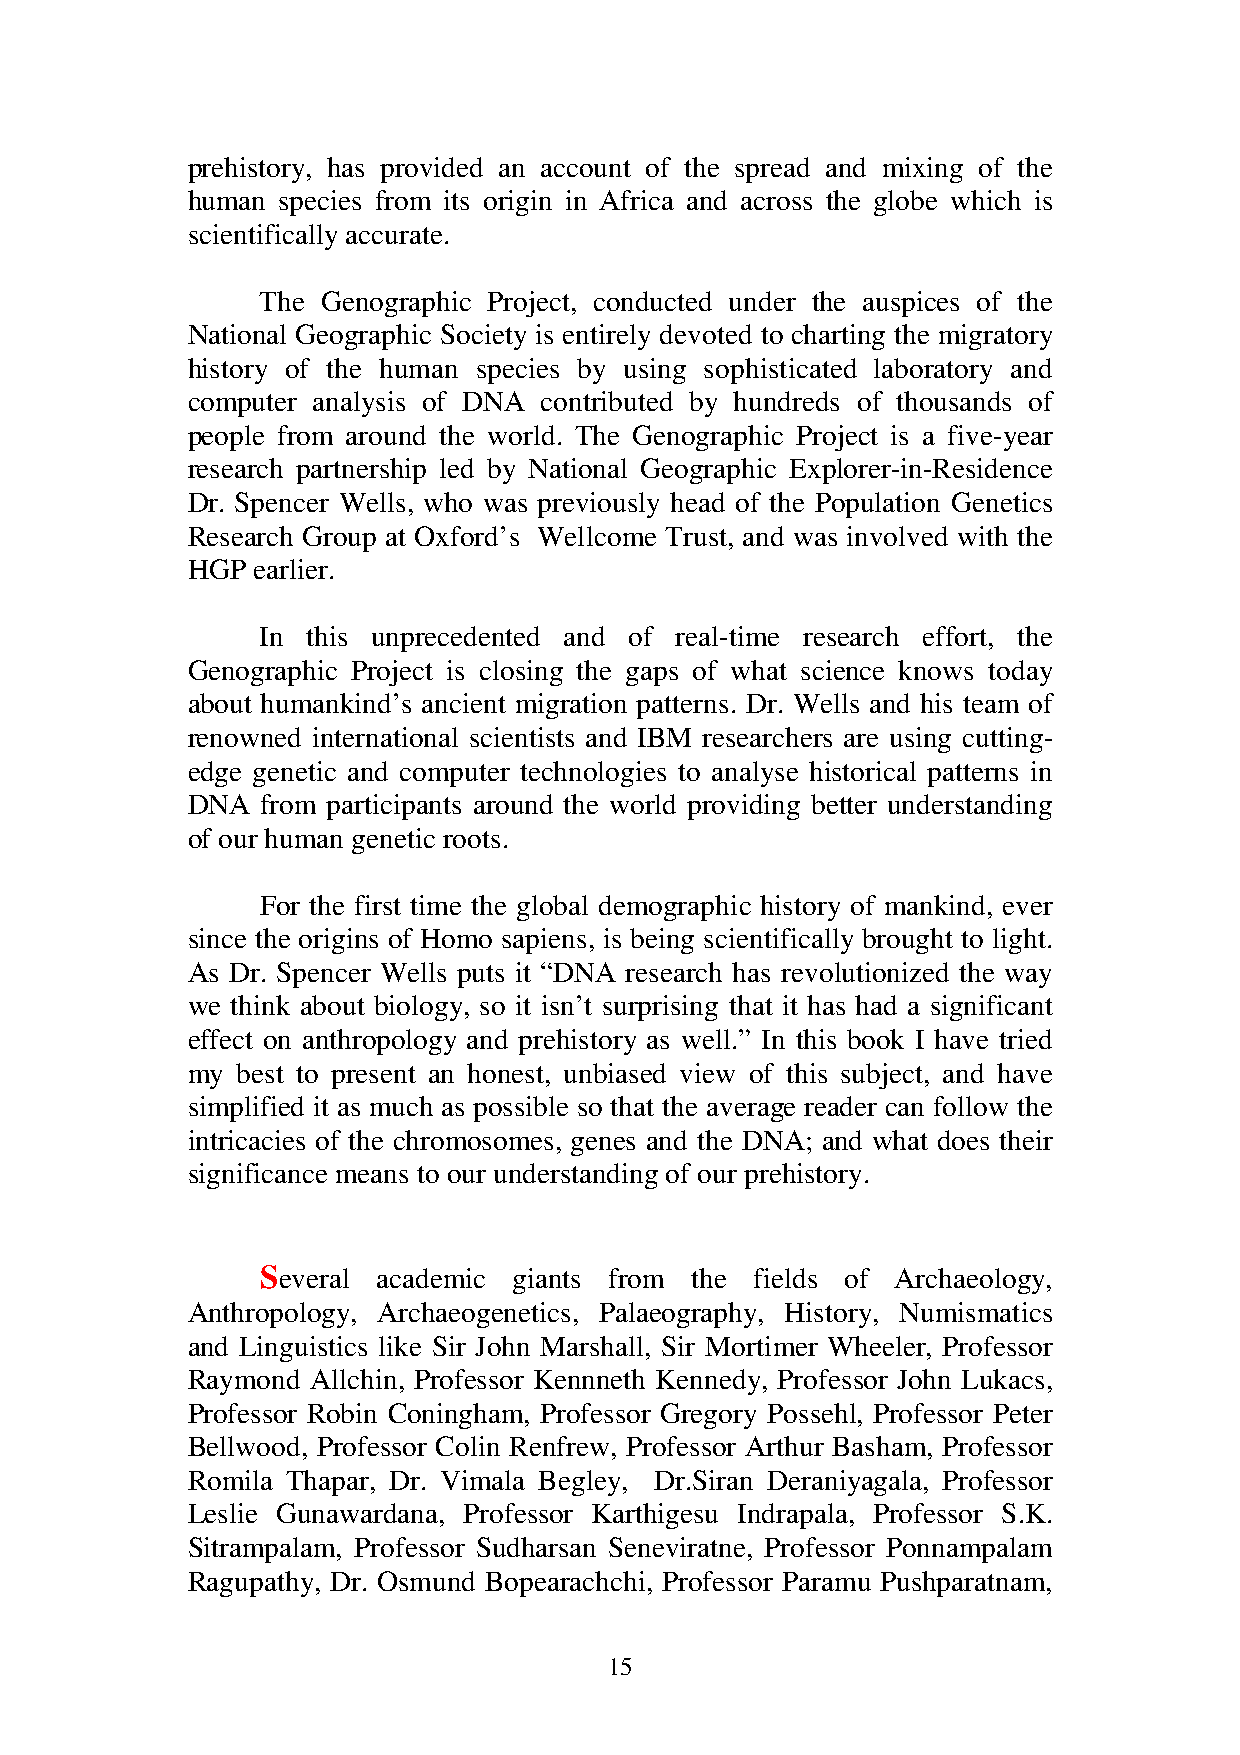
prehistory, has provided an account of the spread and mixing of the
 human species from its origin in Africa and across the globe which is
 scientifically accurate.
 The Genographic Project, conducted under the auspices of the
 National Geographic Society is entirely devoted to charting the migratory
 history of the human species by using sophisticated laboratory and
 computer analysis of DNA contributed by hundreds of thousands of
 people from around the world. The Genographic Project is a five-year
 research partnership led by National Geographic Explorer-in-Residence
 Dr. Spencer Wells, who was previously head of the Population Genetics
 Research Group at Oxford’s Wellcome Trust, and was involved with the
 HGP  earlier.
 In this unprecedented and of real-time research effort, the
 Genographic Project is closing the gaps of what science knows today
 about humankind’s ancient migration patterns. Dr. Wells and his team of
 renowned international scientists and IBM researchers are using cutting-
 edge genetic and computer technologies to analyse historical patterns in
 DNA  from participants around the world providing better understanding
 of our human genetic roots.
 For the first time the global demographic history of mankind, ever
 since the origins of Homo sapiens, is being scientifically brought to light.
 As Dr. Spencer Wells puts it “DNA research has revolutionized the way
 we think about biology, so it isn’t surprising that it has had a significant
 effect on anthropology and prehistory as well.” In this book I have tried
 my  best to present an honest, unbiased view of this subject, and have
 simplified it as much as possible so that the average reader can follow the
 intricacies of the chromosomes, genes and the DNA; and what does their
 significance means to our understanding of our prehistory.
 Several academic giants from the fields of Archaeology,
 Anthropology, Archaeogenetics, Palaeography, History, Numismatics
 and Linguistics like Sir John Marshall, Sir Mortimer Wheeler, Professor
 Raymond  Allchin, Professor Kennneth Kennedy, Professor John Lukacs,
 Professor Robin Coningham, Professor Gregory Possehl, Professor Peter
 Bellwood, Professor Colin Renfrew, Professor Arthur Basham, Professor
 Romila Thapar, Dr. Vimala Begley, Dr.Siran Deraniyagala, Professor
 Leslie Gunawardana, Professor Karthigesu Indrapala, Professor S.K.
 Sitrampalam, Professor Sudharsan Seneviratne, Professor Ponnampalam
 Ragupathy, Dr. Osmund Bopearachchi, Professor Paramu Pushparatnam,
 15